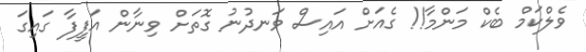
ވެލްކަމް ބެކް މަންމާ!! ގެއަށް އައިސް ވަނދުނު ގޮތަށް ވިނާން އަފީފާ ގައިގަ